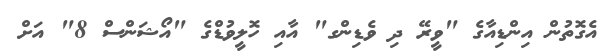
އެގޮތުން އިންޑިއާގެ "ވީރޭ ދި ވެޑިންގ" އާއި ހޮލީވުޑްގެ "އޯޝަންސް 8" އަށް